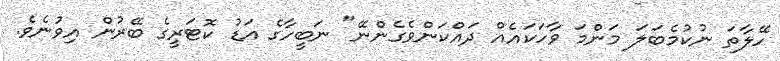
ހޭލާތަ ނުކުމެބަލަ މަންމަ ވާހަކައެއް ދައްކަންވެގެންނޭ" ނަބީހާގެ އަޑު ކޮޓަރީގެ ބޭރުން އިވުނެވެ.